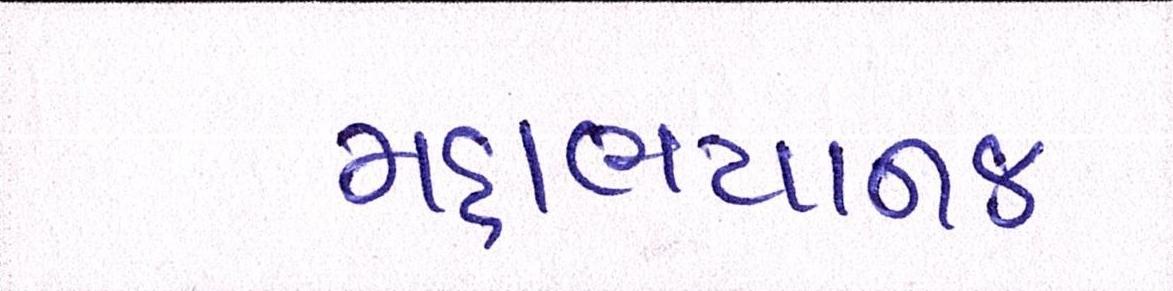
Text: મહાભયાનક